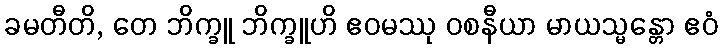
ခမတီတိ, တေ ဘိက္ခူ ဘိက္ခူဟိ ဧဝမဿု ဝစနီယာ မာယသ္မန္တော ဧဝံ